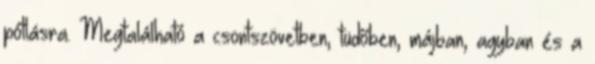
pótlásra. Megtalálható a csontszövetben, tüdőben, májban, agyban és a